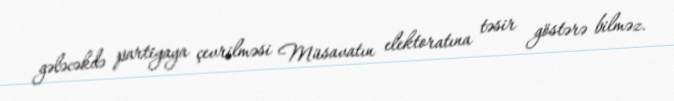
gələcəkdə partiyaya çevrilməsi Müsavatın elektoratına təsir göstərə bilməz.